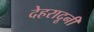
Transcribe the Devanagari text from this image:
देहरादूनी